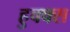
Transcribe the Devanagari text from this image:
हुक्क्स